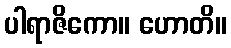
ပါရာဇိကော။ ဟောတိ။